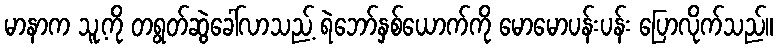
မာနာက သူ့ကို တရွတ်ဆွဲခေါ်လာသည့် ရဲဘော်နှစ်ယောက်ကို မောမောပန်းပန်း ပြောလိုက်သည်။